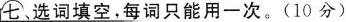
七、选词填空，每词只能用一次。（10分）